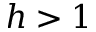
h > 1